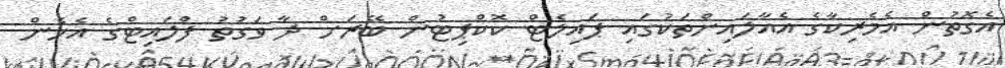
އެގޮތުން އެމެރިކާގެ އެއާލައިންތަކުގައި ޕައިލެޓް ކޮކްޕިޓުން ބޭރަށް ދާ ވަގުތު ފްލައިޓްގެ އެހެން